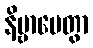
နိဗ္ဗာပေတွာ